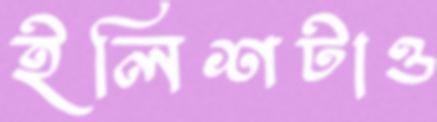
ইলিশটাও